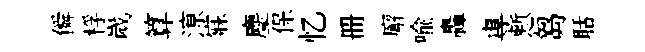
僢桴嵗算鿌寐麈保忆册廨喩轟專慙芻聒